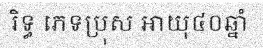
រិទ្ធ ភេទប្រុស អាយុ៤០ឆ្នាំ